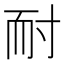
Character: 耐